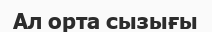
Ал орта сызығы